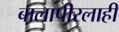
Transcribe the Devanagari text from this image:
बालापीरलाही